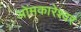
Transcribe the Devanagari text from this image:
ओंमकारेश्‍वर